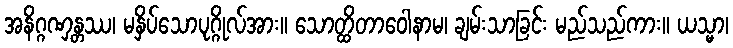
အနိဂ္ဂဏှန္တဿ၊ မနှိပ်သောပုဂ္ဂိုလ်အား။ သောတ္ထိတာဝေါနာမ၊ ချမ်းသာခြင်း မည်သည်ကား။ ယသ္မာ၊